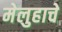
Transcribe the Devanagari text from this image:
मेलुहाचे